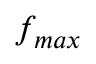
f _ { m a x }